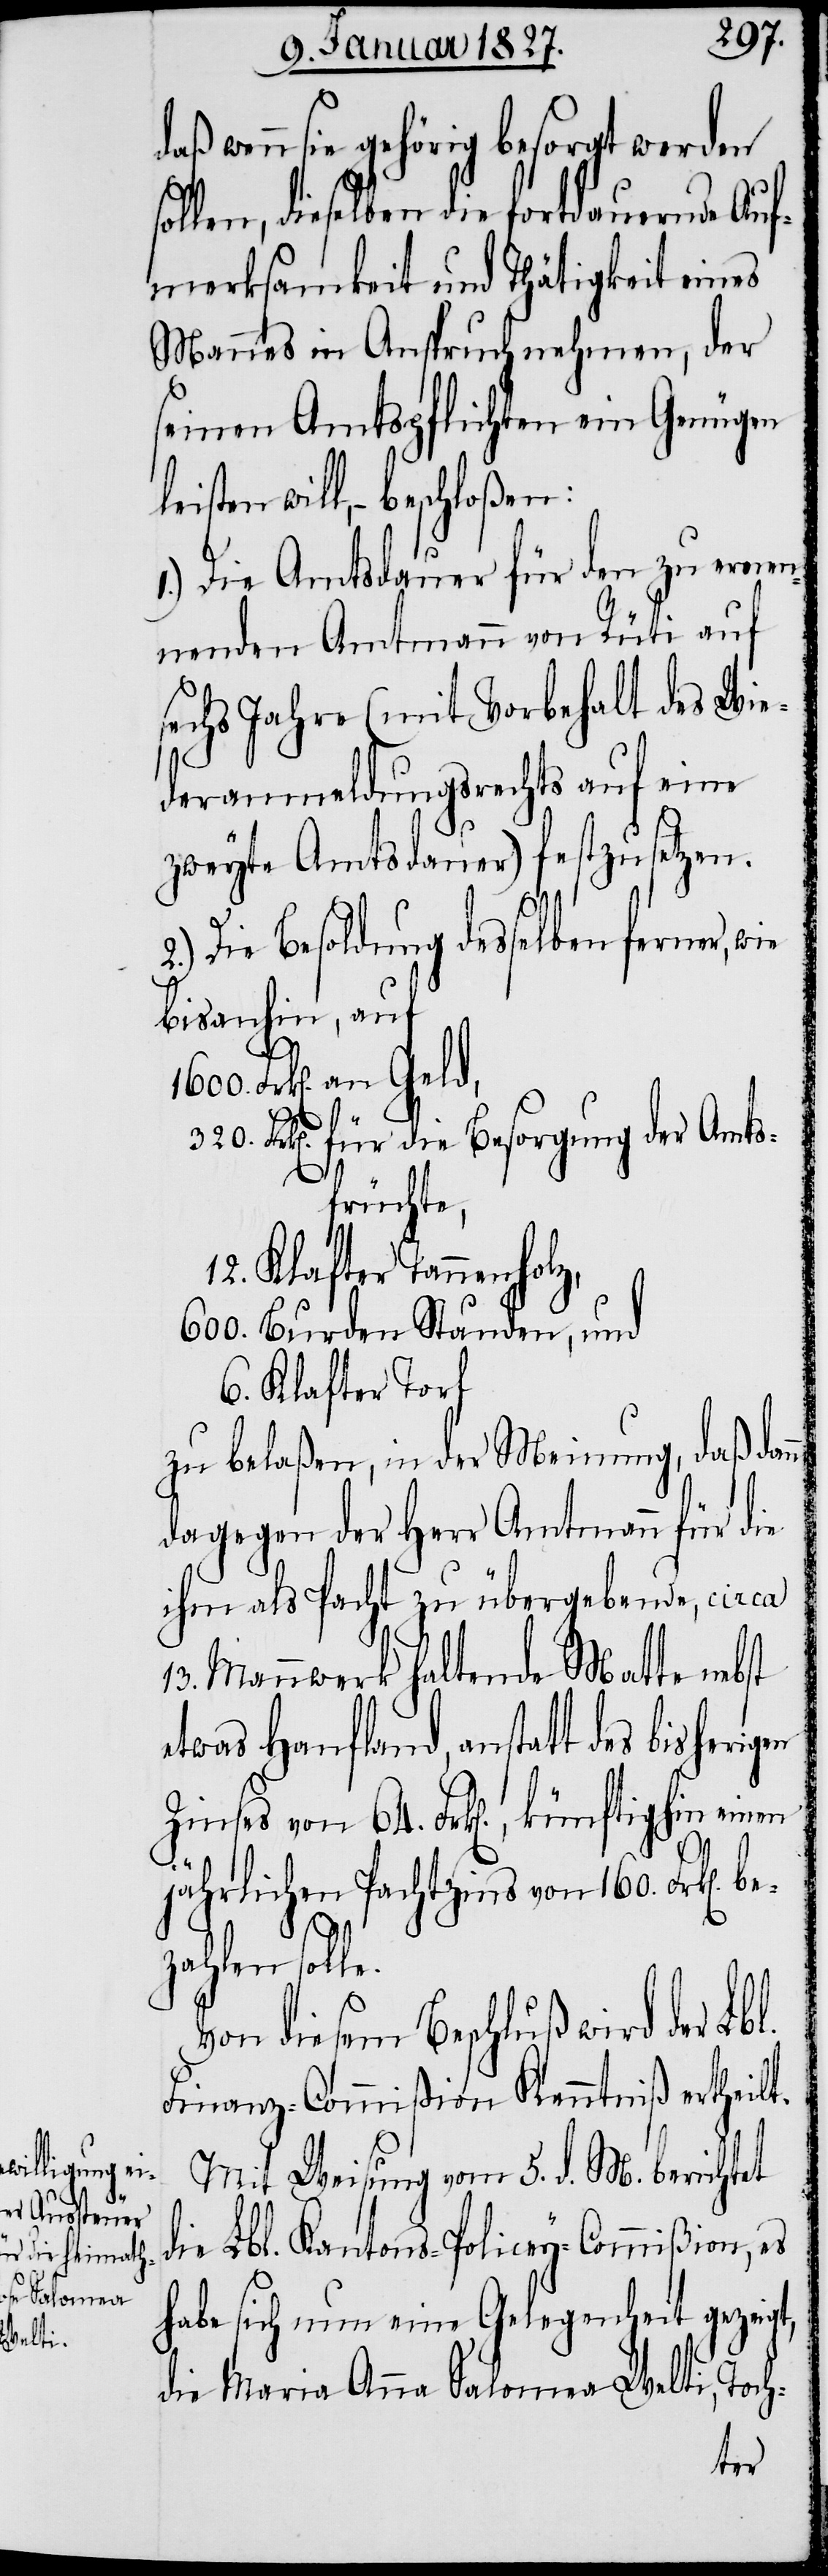
be¬
daß wenn sie gehörig besorgt werden
ollen, dieselben die fortdauernde Auf¬
merksamkeit und Thätigkeit eines
Mannes in Anspruch nehmen, der
seinen Amtspflichten ein Genügen
will, – beschloßen:
1.) Die Amtsdauer für den zu ernen¬
nenden Amtmann von Rüti auf
sechs Jahre (mit Vorbehalt des Wie¬
deranmeldungsrechts auf eine
zweyte Amtsdauer) festzusetzen.
2.) Die Besoldung desselben ferner, wie
bis anhin, auf
Frk[en]. an Geld,
Frk[en]. für die Besorgung der Amts¬
früchte,
12. Klafter Tannenholz,
600. Burden Stauden, und
6. Klafter Torf
zu belaßen, in der Meinung, daß dan¬
dagegen der Herr Amtmann für die
ihm als Pacht zu übergebende, circa
13. Mannwerk haltende Matte nebst
etwas Hanfland, anstatt des bisherigen
Zinses von 64. Frk[en]., künftig
jährlichen Pachtzins von 160. Frk[en].
zahlen solle.
Von diesem Beschluß wird der Lbl.
Finanz-Commißion Kenntniß ertheilt.
Mit Weisung vom 5. d. M. berichtet
die Lbl. Kantons-Policey-Commißion, es
habe sich nun eine Gelegenheit gezeigt,
die Maria Anna Salomea Welti, Toch-